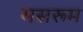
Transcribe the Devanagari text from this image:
मसरूम